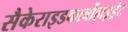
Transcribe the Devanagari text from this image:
सैकेराइडकार्बोहाइड्रेट